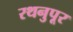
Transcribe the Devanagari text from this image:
रथनुपूर